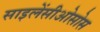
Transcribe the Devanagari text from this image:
साइलेंसीओसोस